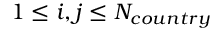
1 \leq i , j \leq N _ { c o u n t r y }